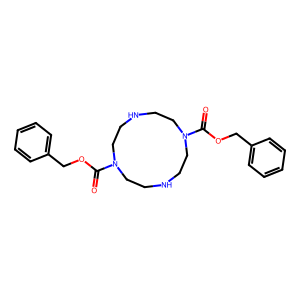
SMILES: O=C(OCc1ccccc1)N1CCNCCN(C(=O)OCc2ccccc2)CCNCC1
Inhibits HIV replication: No